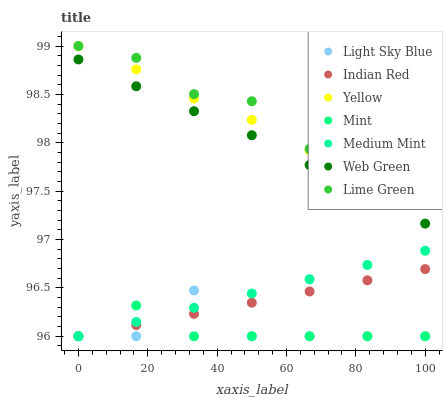
| xaxis_label | Light Sky Blue | Indian Red | Yellow | Mint | Medium Mint | Web Green | Lime Green |
 | --- | --- | --- | --- | --- | --- | --- | --- |
 | 0 | 96 | 96 | 99 | 96 | 96 | 98.9 | 99 |
 | 16.7 | 96 | 96.1 | 98.8 | 96.3 | 96.1 | 98.6 | 98.9 |
 | 33.3 | 96.5 | 96.2 | 98.5 | 96 | 96.3 | 98.3 | 98.5 |
 | 50 | 96 | 96.3 | 98.2 | 96 | 96.4 | 98.1 | 98.4 |
 | 66.7 | 96 | 96.5 | 97.9 | 96 | 96.6 | 97.8 | 97.9 |
 | 83.3 | 96 | 96.6 | 97.7 | 96 | 96.7 | 97.6 | 97.9 |
 | 100 | 96 | 96.7 | 97.4 | 96 | 96.9 | 97.2 | 97.7 |